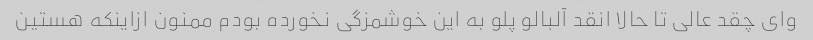
وای چقد عالی تا حالا انقد آلبالو پلو به این خوشمزگی نخورده بودم ممنون ازاینکه هستین